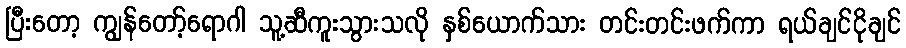
ပြီးတော့ ကျွန်တော့်ရောဂါ သူ့ဆီကူးသွားသလို နှစ်ယောက်သား တင်းတင်းဖက်ကာ ရယ်ချင်ငိုချင်